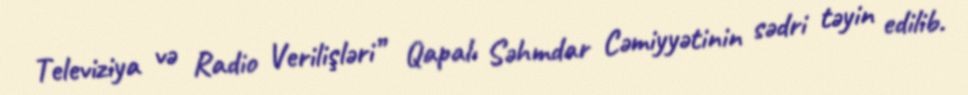
Televiziya və Radio Verilişləri” Qapalı Səhmdar Cəmiyyətinin sədri təyin edilib.